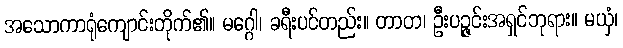
အသောကာရုံကျောင်းတိုက်၏။ မဂ္ဂေါ၊ ခရီးပင်တည်း။ တာတ၊ ဦးပဉ္ဇင်းအရှင်ဘုရား။ မယှံ၊